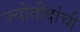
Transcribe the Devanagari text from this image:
ज्योतीदांची